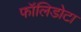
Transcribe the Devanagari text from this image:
फॉलिडोटा